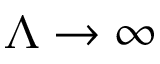
\Lambda \to \infty